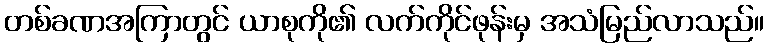
တစ်ခဏအကြာတွင် ယာစုကို၏ လက်ကိုင်ဖုန်းမှ အသံမြည်လာသည်။